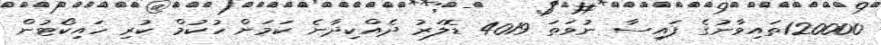
120000ތައިވާނުގެ ފައިސާ ނުވަތަ 4019 ޑޮލަރު ދެއްކިދާނެ ކަމަށް ހުކުމް ކުރި ހައިކޯޓުން